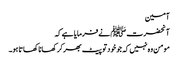
آمین
آنحضرت ﷺ نے فرمایا ہے کہ
مومن وہ نہیں کہ جو خودتو پیٹ بھرکر کھانا کھاتا ہو۔